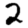
Digit: 2